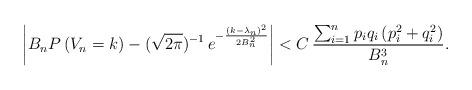
LaTeX: \begin{align*} \left|B_n P\left(V_n =k\right) - (\sqrt{2\pi})^{-1}\, e^{-\frac{(k-\lambda_n)^2}{2 B_n^2}}\right| < C\, \frac{\sum_{i=1}^n p_i q_i\left(p_i^2 + q_i^2\right)}{B_n^3}.\end{align*}